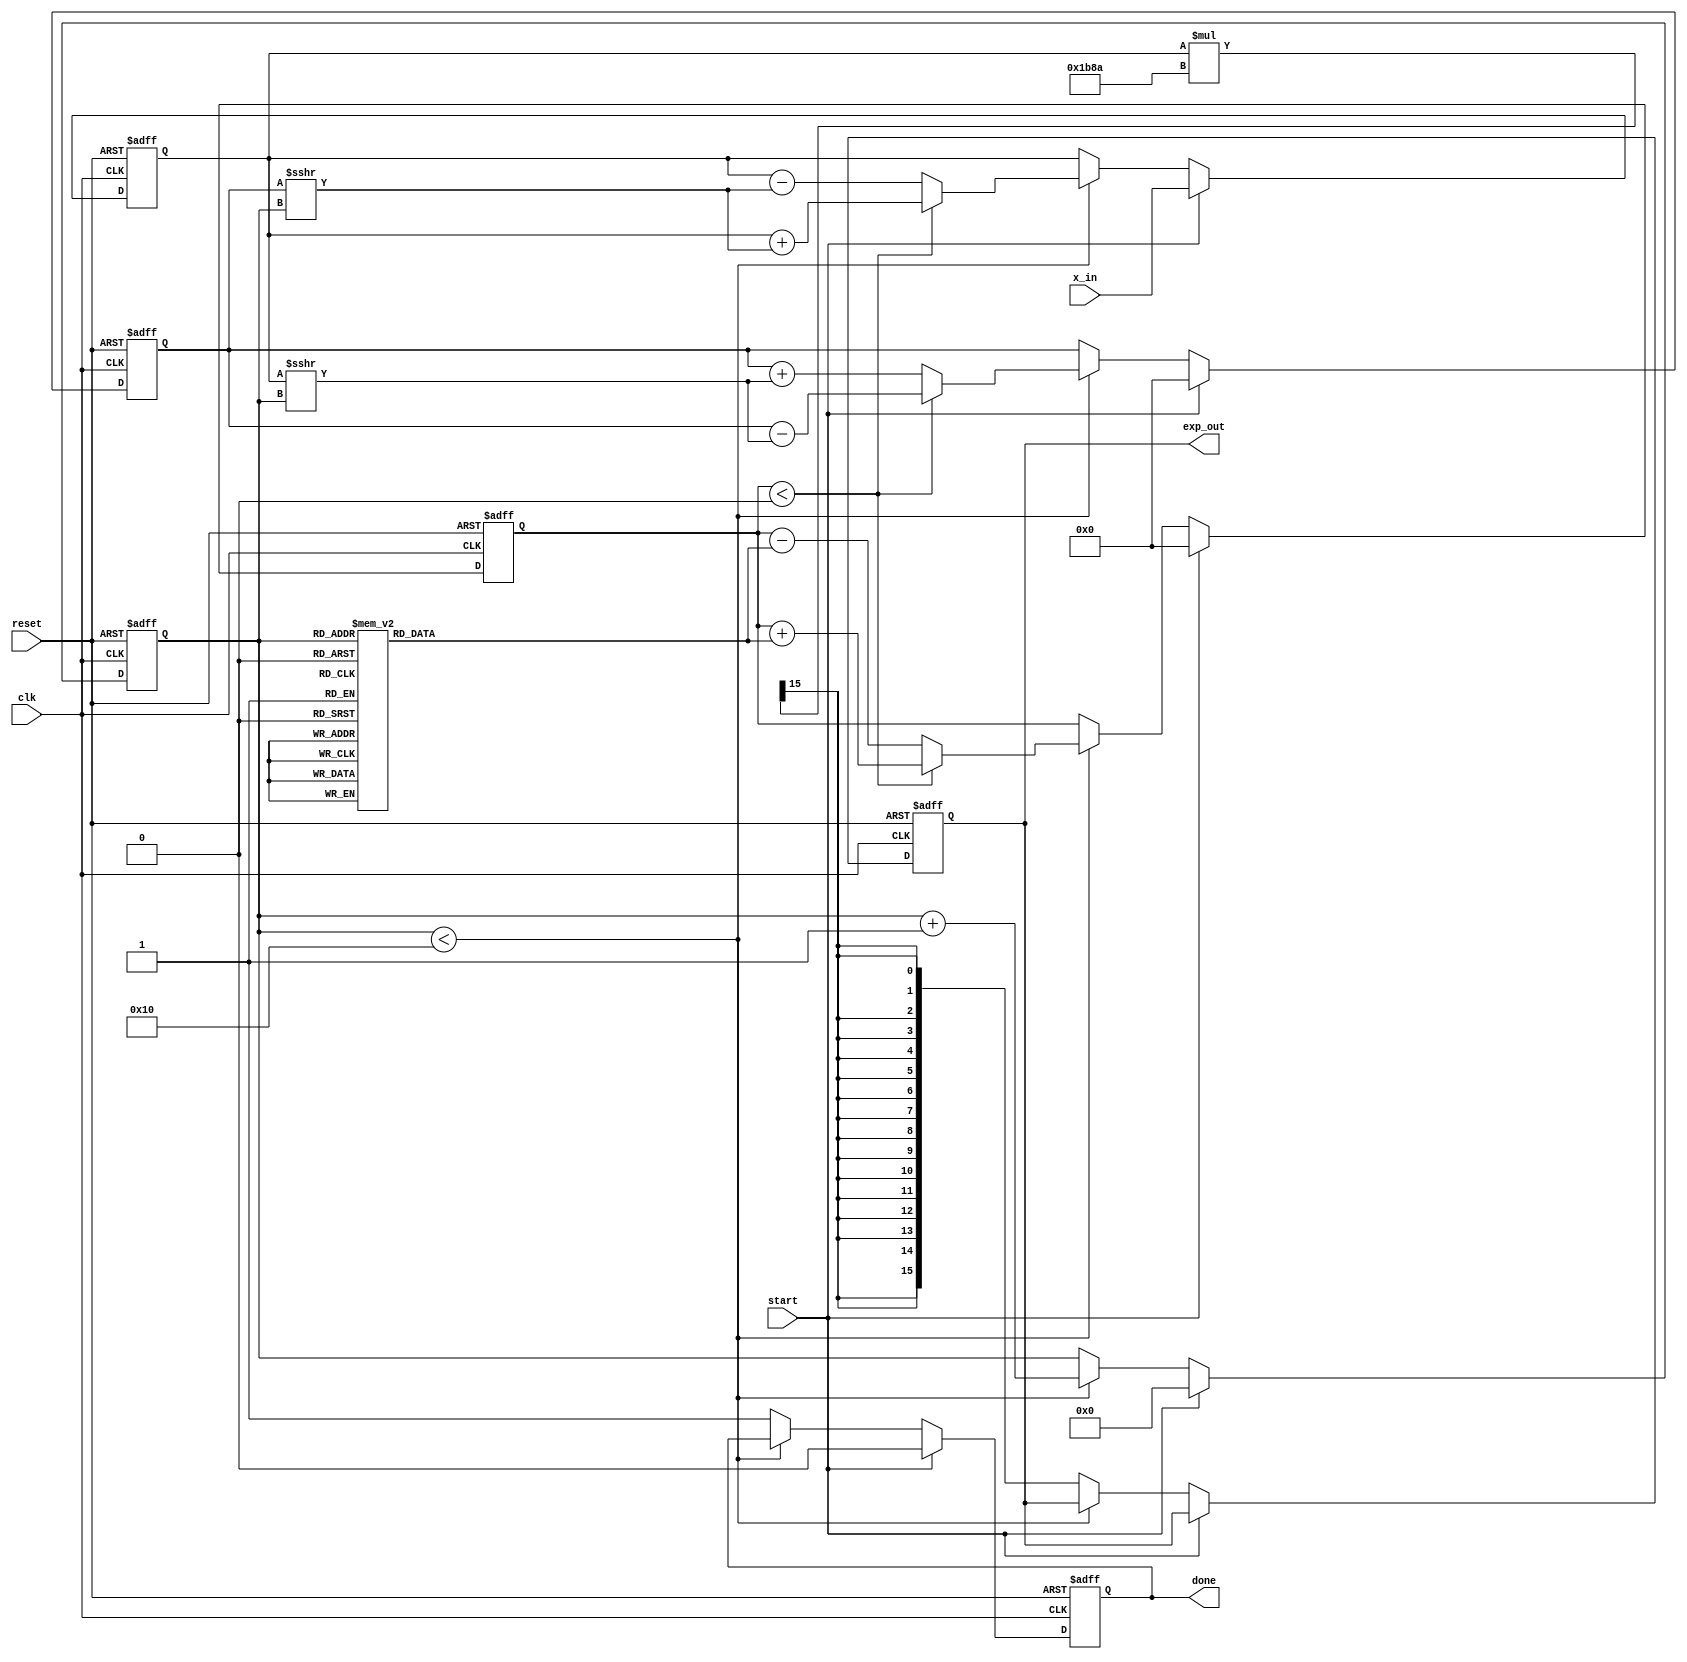
module cordic_exponential #(
    parameter WIDTH = 16,          // Width of fixed-point representation
    parameter ITERATIONS = 16      // Number of iterations for CORDIC
)(
    input wire clk,                // Clock signal
    input wire reset,              // Reset signal
    input wire start,              // Start signal for computation
    input wire signed [WIDTH-1:0] x_in,  // Input value (fixed-point representation)
    output reg signed [WIDTH-1:0] exp_out, // Output exponential value
    output reg done                // Done signal
);

    // CORDIC constants (arctangent values in fixed-point)
    reg signed [WIDTH-1:0] atan_table [0:ITERATIONS-1];
    initial begin
        // Pre-computed arctangent values for CORDIC
        atan_table[0] = 16'h1C71; // atan(2^-0) in fixed-point
        atan_table[1] = 16'h0D89; // atan(2^-1)
        atan_table[2] = 16'h05A8; // atan(2^-2)
        atan_table[3] = 16'h0282; // atan(2^-3)
        atan_table[4] = 16'h0141; // atan(2^-4)
        atan_table[5] = 16'h00A0; // atan(2^-5)
        atan_table[6] = 16'h0050; // atan(2^-6)
        atan_table[7] = 16'h0028; // atan(2^-7)
        atan_table[8] = 16'h0014; // atan(2^-8)
        atan_table[9] = 16'h000A; // atan(2^-9)
        atan_table[10] = 16'h0005; // atan(2^-10)
        atan_table[11] = 16'h0002; // atan(2^-11)
        atan_table[12] = 16'h0001; // atan(2^-12)
        atan_table[13] = 16'h0001; // atan(2^-13)
        atan_table[14] = 16'h0000; // atan(2^-14)
        atan_table[15] = 16'h0000; // atan(2^-15)
    end

    // Internal registers
    reg signed [WIDTH-1:0] x, y, z; // x, y, z values for CORDIC
    reg [3:0] iteration;              // Iteration counter

    // Scaling factor (CORDIC gain)
    reg signed [WIDTH-1:0] scaling_factor = 16'h1B8A; // Example scaling factor

    // State machine
    always @(posedge clk or posedge reset) begin
        if (reset) begin
            exp_out <= 0;
            done <= 0;
            iteration <= 0;
            x <= 0;
            y <= 0;
            z <= 0;
        end else if (start) begin
            // Initialize values
            x <= x_in;
            y <= 0;
            z <= 0;
            iteration <= 0;
            done <= 0;
        end else if (iteration < ITERATIONS) begin
            // CORDIC rotation
            if (z < 0) begin
                // Rotate counter-clockwise
                x <= x + (y >>> iteration);
                y <= y - (x >>> iteration);
                z <= z + atan_table[iteration];
            end else begin
                // Rotate clockwise
                x <= x - (y >>> iteration);
                y <= y + (x >>> iteration);
                z <= z - atan_table[iteration];
            end
            iteration <= iteration + 1;
        end else begin
            // Final scaling
            exp_out <= (x * scaling_factor) >>> (WIDTH - 1);
            done <= 1;
        end
    end

endmodule